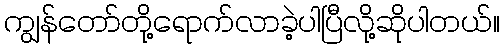
ကျွန်တော်တို့ရောက်လာခဲ့ပါပြီလို့ဆိုပါတယ်။